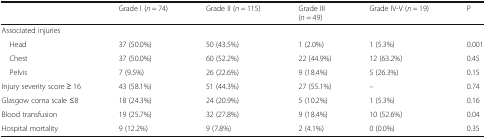
<table><thead><tr><td></td><td><b>Grade I (<i>n</i> = 74)</b></td><td><b>Grade II (<i>n</i> = 115)</b></td><td><b>Grade III(<i>n</i> = 49)</b></td><td><b>Grade IV-V (<i>n</i> = 19)</b></td><td><b>P</b></td></tr></thead><tbody><tr><td colspan="6">Associated injuries</td></tr><tr><td> Head</td><td>37 (50.0%)</td><td>50 (43.5%)</td><td>1 (2.0%)</td><td>1 (5.3%)</td><td>0.001</td></tr><tr><td> Chest</td><td>37 (50.0%)</td><td>60 (52.2%)</td><td>22 (44.9%)</td><td>12 (63.2%)</td><td>0.45</td></tr><tr><td> Pelvis</td><td>7 (9.5%)</td><td>26 (22.6%)</td><td>9 (18.4%)</td><td>5 (26.3%)</td><td>0.15</td></tr><tr><td>Injury severity score ≥ 16</td><td>43 (58.1%)</td><td>51 (44.3%)</td><td>27 (55.1%)</td><td>–</td><td>0.74</td></tr><tr><td>Glasgow coma scale ≤8</td><td>18 (24.3%)</td><td>24 (20.9%)</td><td>5 (10.2%)</td><td>1 (5.3%)</td><td>0.16</td></tr><tr><td>Blood transfusion</td><td>19 (25.7%)</td><td>32 (27.8%)</td><td>9 (18.4%)</td><td>10 (52.6%)</td><td>0.04</td></tr><tr><td>Hospital mortality</td><td>9 (12.2%)</td><td>9 (7.8%)</td><td>2 (4.1%)</td><td>0 (0.0%)</td><td>0.35</td></tr></tbody></table>